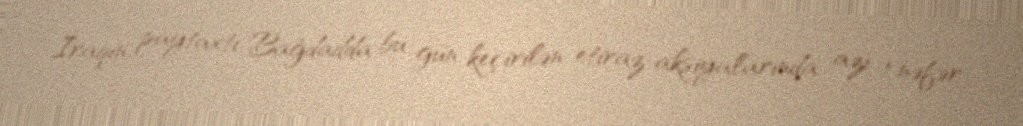
İraqın paytaxtı Bağdadda bu gün keçirilən etiraz aksiyalarında azı 1 nəfər